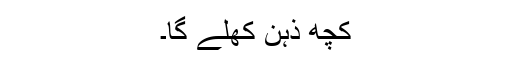
کچھ ذہن کھلے گا۔